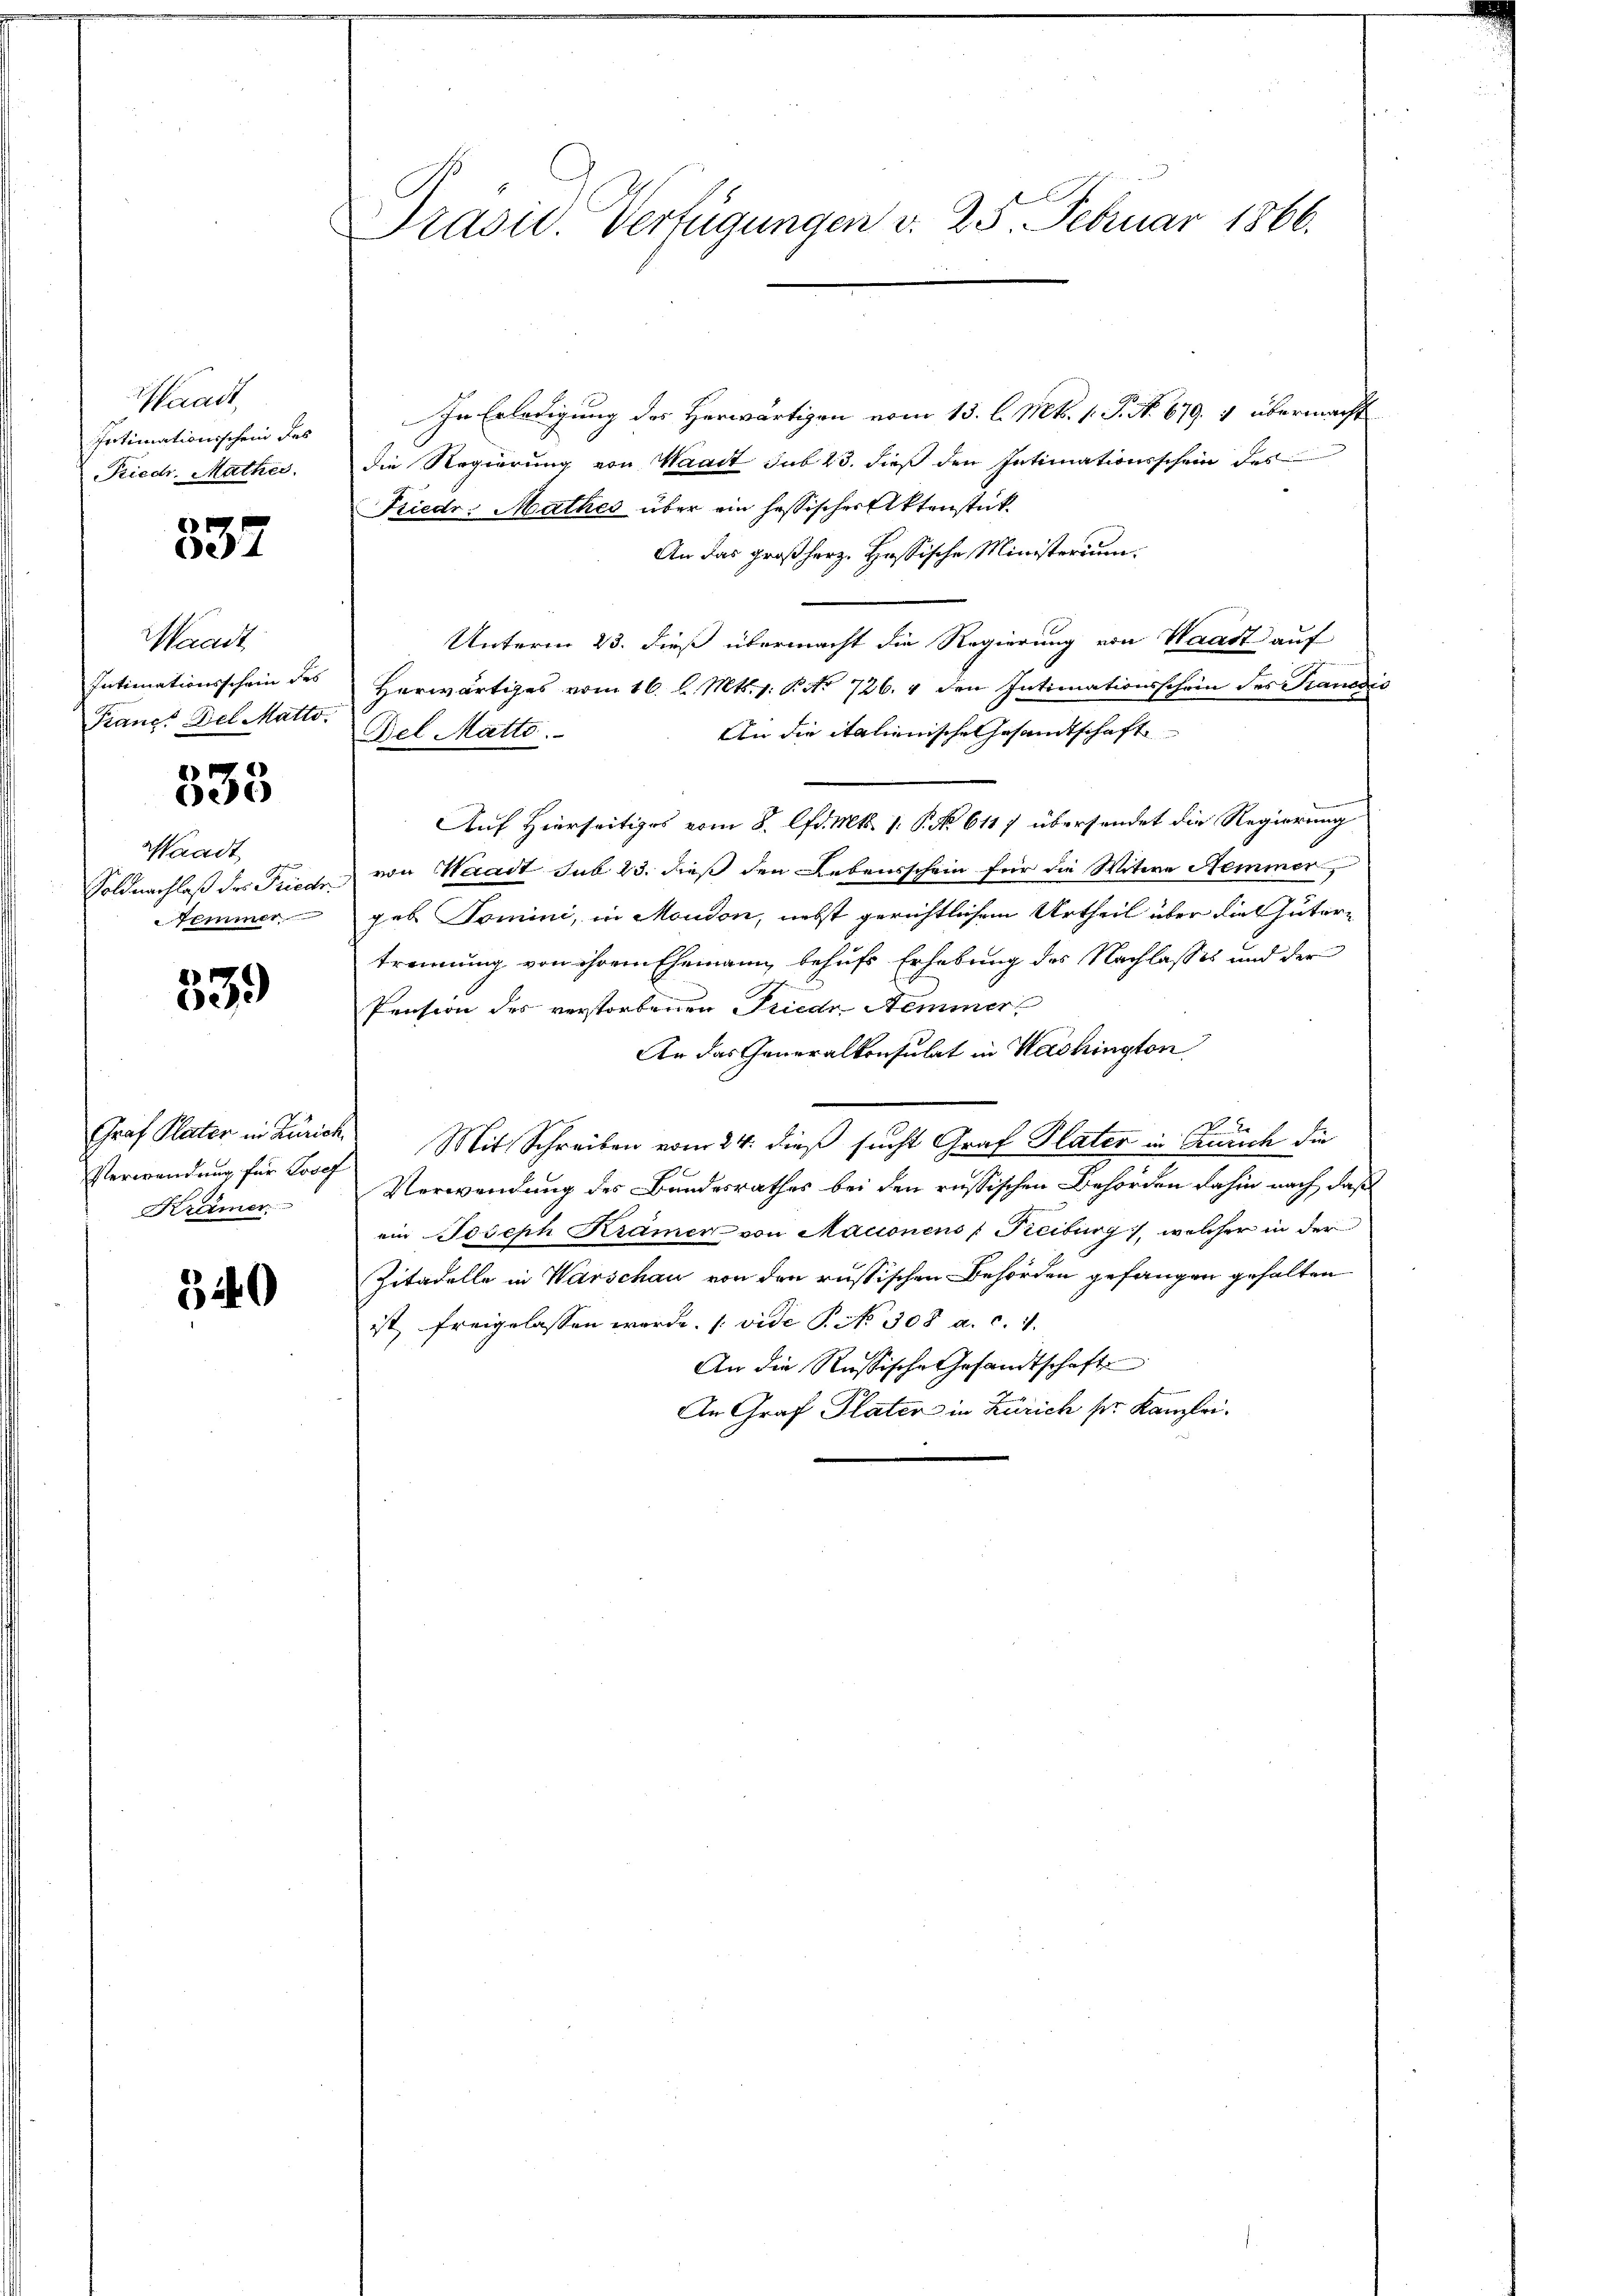
aadt,
Intimationsschein des
Riedr. Mathes.

337

Waadt
Intimationsschein des
Francs Del Matto.

333

Waadt
Soldnachlaß des Friedr.
Temmer

339

Verwendung für Josef
Krämer

340

Prast. Verfügungen v. 25. Februar 1866.

In Erledigung des Herwärtigen vom 13. l. Mts. 1. P. Nr. 679. 1 übermacht
die Regierung von Waadt sub 23. dieß den Intimationsschein des
Friedr. Mathes über ein hessischer Aktenstück
An das großherz. Hassische Ministerium
Unterm 23. dieß übermacht die Regierung von Waadt auf
Herwärtiges vom 16. l. Mts. v. P. Nr. 726. 4 den Intimationsschein des Prandis
An die italienische Gesandtschaft
Bel Matto.
Auf Hierseitiges vom 8. d. Mts. 1. P. No 611) übersendet die Regierung
von Waadt sub 23. dieß den Lebensschein für die Witwe Nemmer
geb Tomini, in Moudon, nebst gerichtlichem Urtheil über die Gütertrennung von ihrem Ehemann behufs Erhebung des Nachlasses und der
Pension des verstorbenen Friedr Aeminer
An das Generalkonsulat in Washington
o. Er
Graf Plater in Zürich Mit Schreiben vom 24. dieß sucht Graf Plater in Zürich die
Verwendung des Bundesrathes bei den russischen Behörden dahin nach daß
ein Joseph Kramer von Macionens (Reiburg, welcher in der
Zitadelle in Warschau von den russischen Behörden gefangen gehalten
ist, freigelassen werde. (vide P. Nr. 308 a. c. 1.
An die Russische Gesandtschaft
An Graf Plater in Zürich sr. Kanzlei-